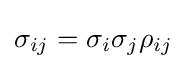
\sigma _{ij}=\sigma _{i}\sigma _{j}\rho _{ij}